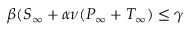
\beta ( S _ { \infty } + \alpha \nu ( P _ { \infty } + T _ { \infty } ) \le \gamma